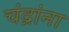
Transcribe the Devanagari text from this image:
चंद्रांना